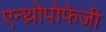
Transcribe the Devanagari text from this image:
एन्थ्रोपोफेजी